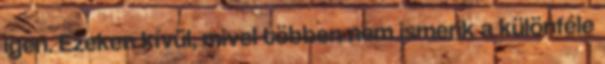
igen. Ezeken kívül, mivel többen nem ismerik a különféle